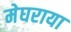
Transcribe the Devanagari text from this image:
मेघराया